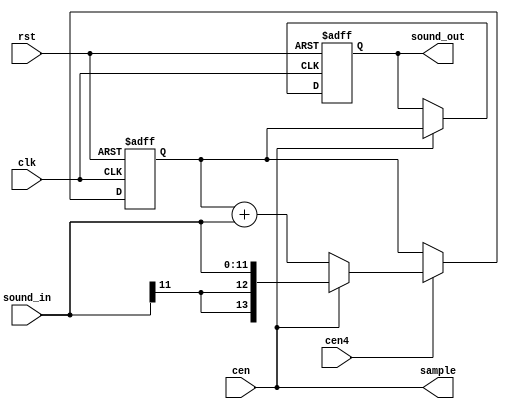
/*  This file is part of JT6295.
    JT6295 program is free software: you can redistribute it and/or modify
    it under the terms of the GNU General Public License as published by
    the Free Software Foundation, either version 3 of the License, or
    (at your option) any later version.

    JT6295 program is distributed in the hope that it will be useful,
    but WITHOUT ANY WARRANTY; without even the implied warranty of
    MERCHANTABILITY or FITNESS FOR A PARTICULAR PURPOSE.  See the
    GNU General Public License for more details.

    You should have received a copy of the GNU General Public License
    along with JT6295.  If not, see <http://www.gnu.org/licenses/>.

    Author: Jose Tejada Gomez. Twitter: @topapate
    Version: 1.0
    Date: 6-1-2020 */



module jt6295_acc(
    input                rst,
    input                clk,
    input                cen,
    input                cen4,
    input  signed [11:0] sound_in,
    output signed [13:0] sound_out,
    output               sample
);
/* verilator lint_off WIDTH */
// Note that the interpolators remove aliasing much more
// aggressively than typical filters found on arcade PCBs
parameter INTERPOL=0; // 0 = no interpolator (recommended if there's already)
                      //     an antialising filter after JT6295
                      // 1 = 4x upsampling, LPF at 0.25*pi (too clean)
                      // 2 = 4x upsampling, LPF at 0.5*pi  (will let the 1st alias pass)

reg signed [13:0] acc, sum;

always @(posedge clk, posedge rst) begin
    if( rst ) begin
        acc <= 14'd0;
    end else if(cen4) begin
        acc <= cen ? sound_in : acc + sound_in;
    end
end

always @(posedge clk, posedge rst) begin
    if( rst ) begin
        sum <= 14'd0;
    end else if(cen) begin
        sum <= acc;
    end
end

generate
    if( INTERPOL) begin
        // This module is in the JTFRAME repository https://github.com/jotego/jtframe

        // Zero padding
        reg  signed [15:0] fir_din;
        wire signed [15:0] fir_dout;

        assign sample    = cen4;
        assign sound_out = fir_dout[13:0]; // gain the signal back up

        always @(posedge clk, posedge rst) begin
            if( rst )
                fir_din <= 16'd0;
            else
                if( cen4 ) fir_din <= cen ? { {1{sum[13]}}, sum, 1'b0 } : 16'd0;
        end


        jtframe_fir_mono #(
            .COEFFS( INTERPOL == 1 ? "jt6295_up4.hex" : "jt6295_up4_soft.hex"),
            .KMAX(69))
        u_upfilter(
            .rst        ( rst       ),
            .clk        ( clk       ),
            .sample     ( cen4      ),
            .din        ( fir_din   ),
            .dout       ( fir_dout  )
        );
    end else begin
        assign sound_out = sum;
        assign sample    = cen;
    end
endgenerate
/* verilator lint_on WIDTH */
endmodule